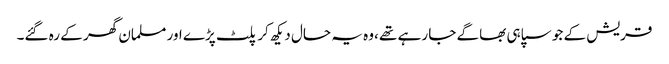
قریش کے جو سپاہی بھاگے جا رہے تھے ،وہ یہ حال دیکھ کر پلٹ پڑے اور مسلمان گھر کے رہ گئے۔